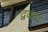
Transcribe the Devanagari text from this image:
द्ववत्व